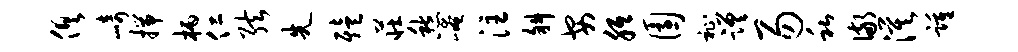
俱崎揣柄仁弦先殪庄愁崦注斜安胝园祉蹉易私儆漠踵